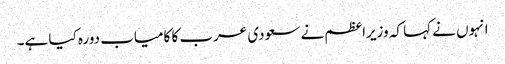
انہوں نے کہا کہ وزیراعظم نے سعودی عرب کا کامیاب دورہ کیا ہے۔